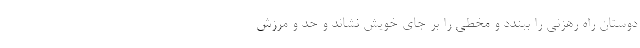
دوستان راه رهزنی را ببندد و مخطی را بر جای خویش نشاند و حد و مرزش